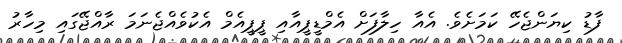
ފާޑު ކިޔަންޖެހޭ ކަމަށެވެ. އެއާ ހިލާފަށް އެމްޑީޕީއާއި ޕީޕީއެމް އެކުވެއްޖެނަމަ ރާއްޖޭގައި މިހާރު